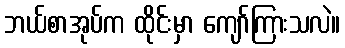
ဘယ်စာအုပ်က ထိုင်းမှာ ကျော်ကြားသလဲ။